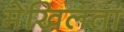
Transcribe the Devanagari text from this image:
मेखिलता